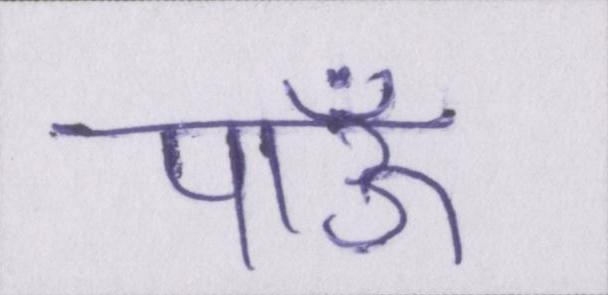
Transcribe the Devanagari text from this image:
पाऊँ